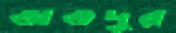
অতদূর